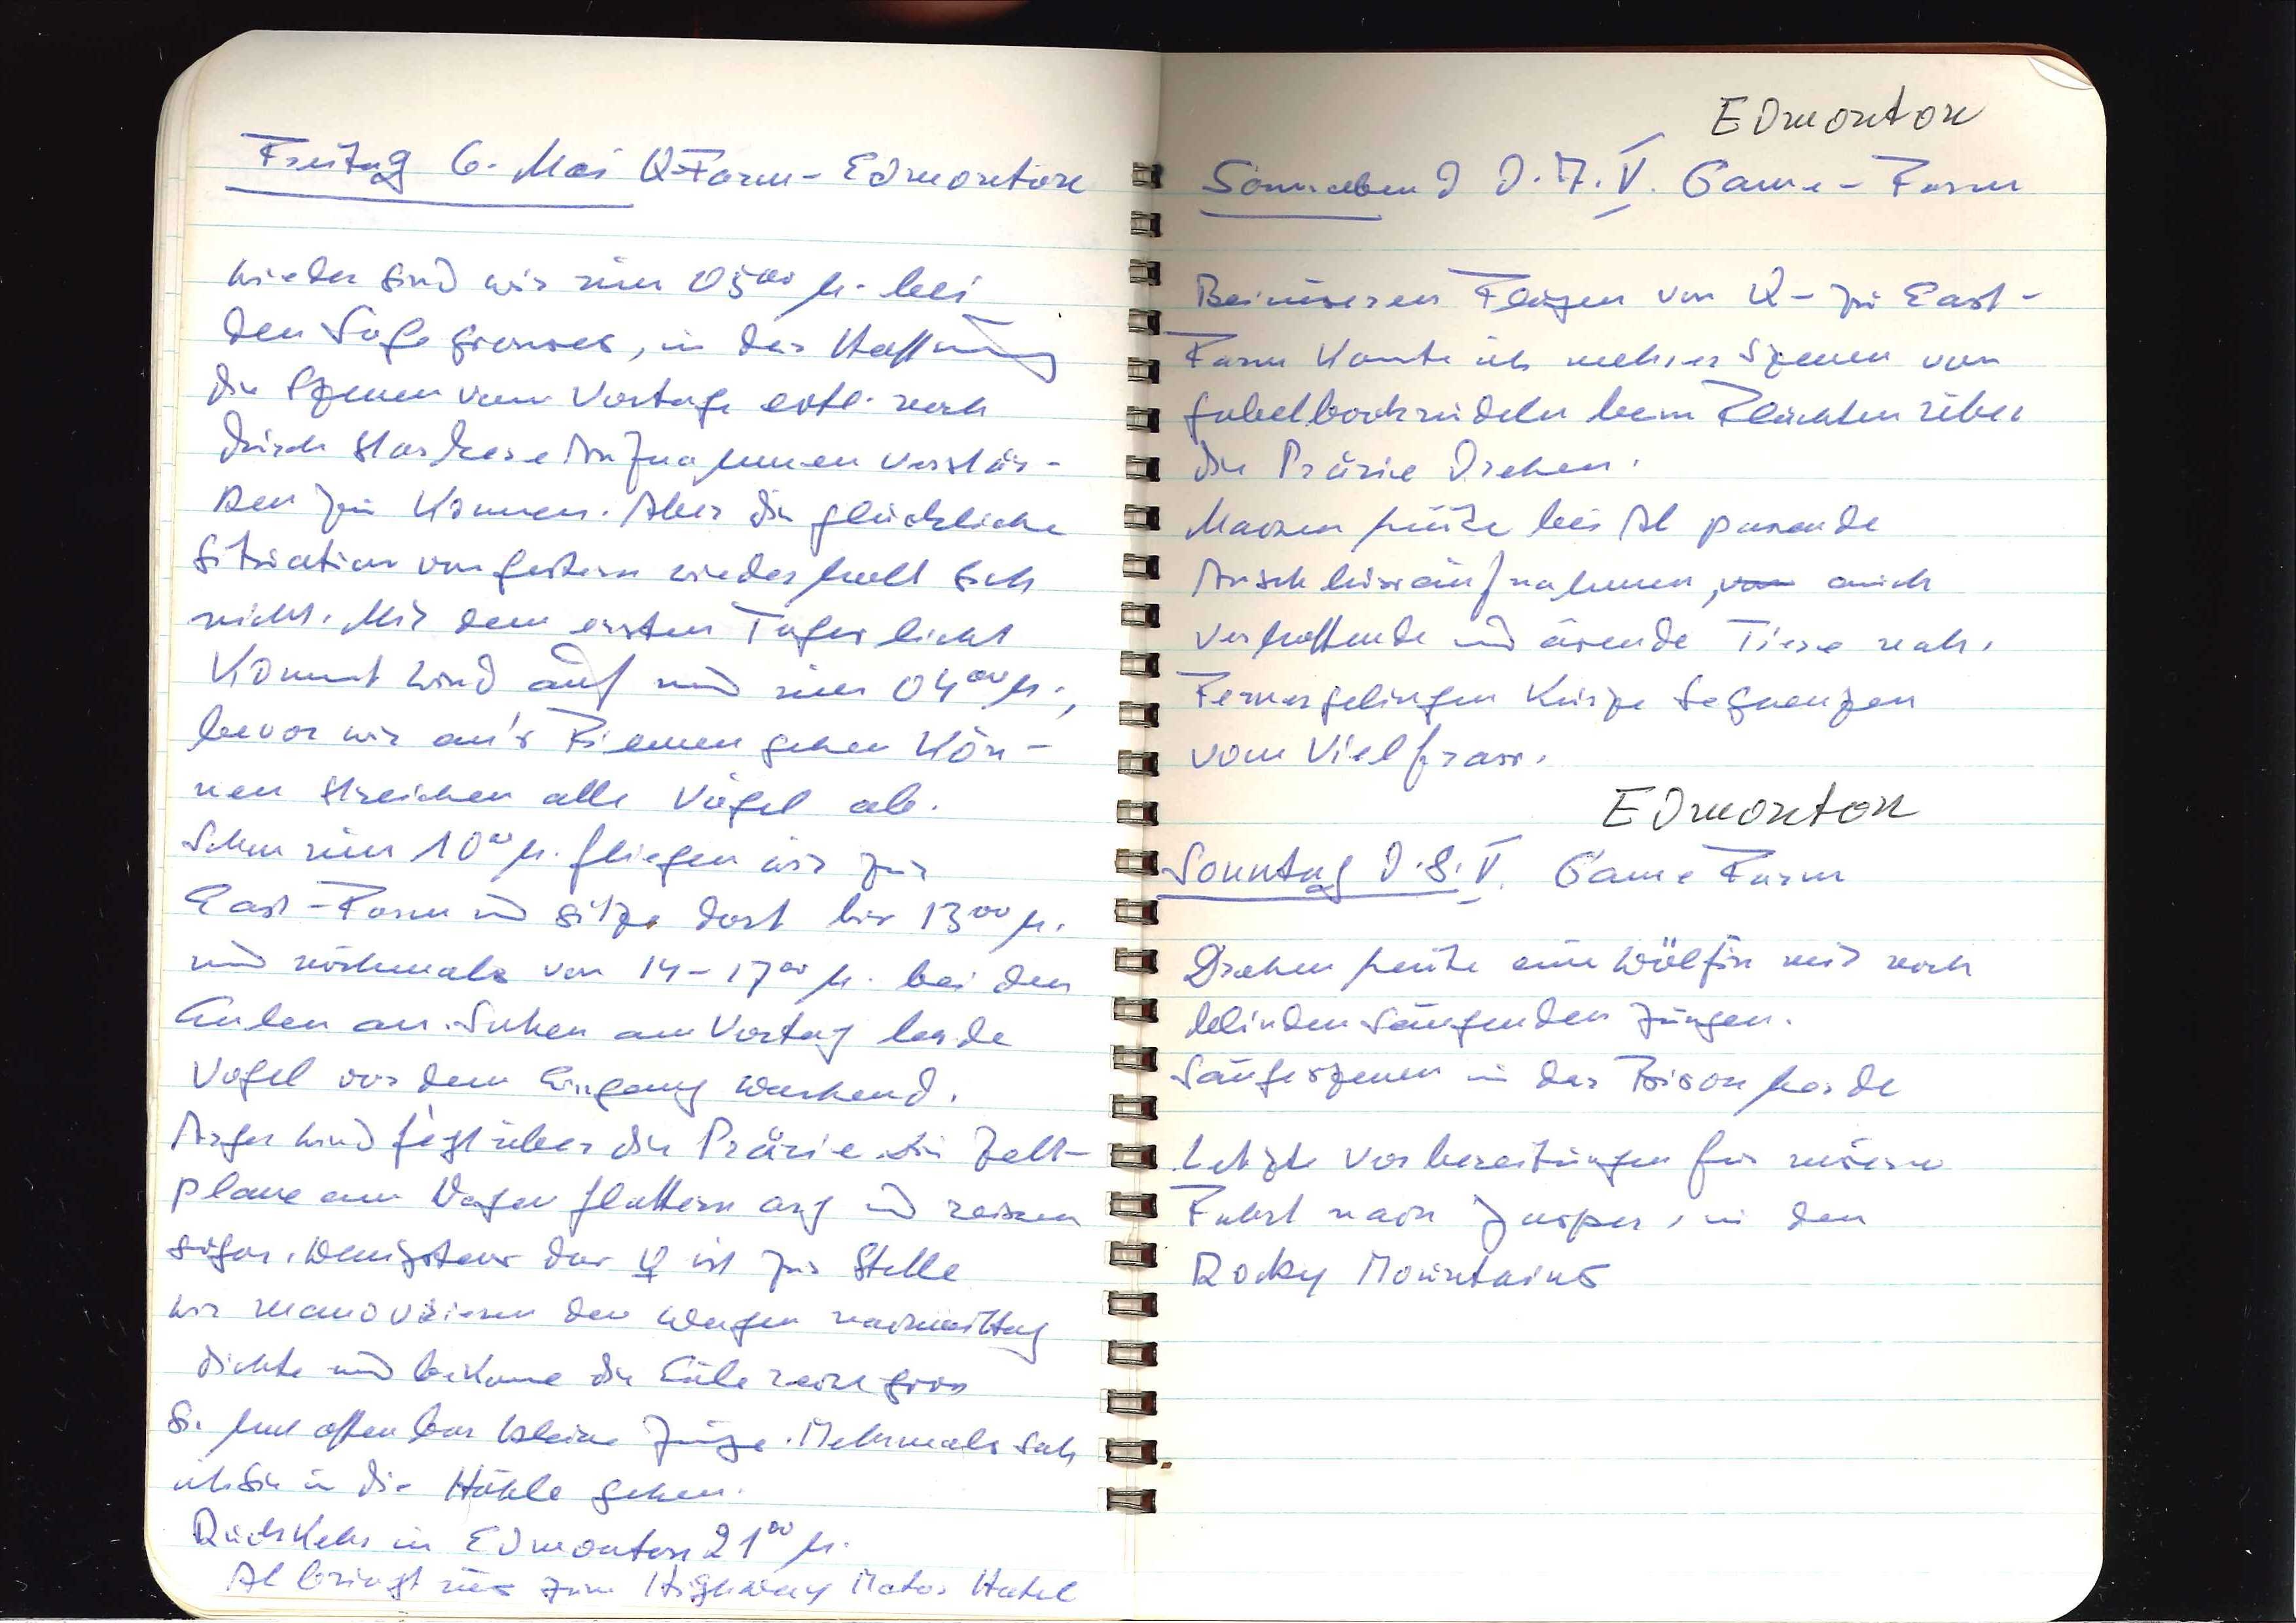
Freitag 6. Mai Q Farm-Edmontore
wieder sind wir um 0500 h. bei
den Sogegronsses, in der Heftmug
die Szenen von Vortage estl. noch
durch starkere Aufnahmen verstär¬
Ben zu konnen. Aber die glückliche
Situation von gestern wiederholt sich
nicht. Mit dem ersten Tageslicht
kommt wind auf und um 0400h.,
bevor wir aus Filmen gehen Kön¬
nen streichen alle Vögel ab.
Schon nur 100h. fliegen wir zur
Last-Farm und sitze dort bis 1300 h.
und nochmals von 14- 1700 h. bei den
Aulen an. Sahen am Vortag lesde
Vogel vor dem Ergang wachend.
Arger wind fegt über die Prärie di Zelt¬
plaue em Wagen glättern aug und reiem
sogar. Wenigstens das 4 ist zur Stelle
Wir mandvrreren den Wagen nachmittag
dichte und bekone die Cälereiht gios
Sie hat offen bar bleine Junge Nehals soh
ichsie in die Hähle gehen.
Ruckkehr in Edmonton 2 10 h.
Al bringt uns zum Hishway Mater Hatel

Edmonton
am bin d d. 7. V. Came-Farm
Beiuiesen Flagen von U- zu East¬
Eun konte ich mehrer Szeum vom
Sabelbockrideln beim Flächten über
die Prärie diehen.
Machen heute bei Al pasende
Anschlessaufnahmen, von auch
Verhoffende und äsende Tiere nah.
Femnergelingen kurze Segaenzen
vom Vielfrass.
Edmonton
Sonntag d.8.V. Same Farm
Drahen heute eine Wolfin mit noch
belindensangenden Jungen.
Langeszenen in der Bisonherde
letzte Vorbereitungen für unseren
Fahrt nach Jasper, in den
Rocky Mountains